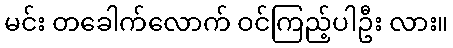
မင်း တခေါက်လောက် ဝင်ကြည့်ပါဦး လား။